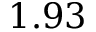
1 . 9 3